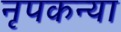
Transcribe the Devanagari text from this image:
नृपकन्या